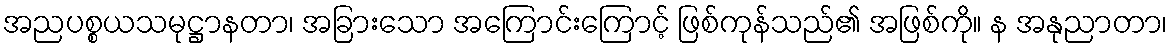
အညပစ္စယသမုဋ္ဌာနတာ၊ အခြားသော အကြောင်းကြောင့် ဖြစ်ကုန်သည်၏ အဖြစ်ကို။ န အနုညာတာ၊